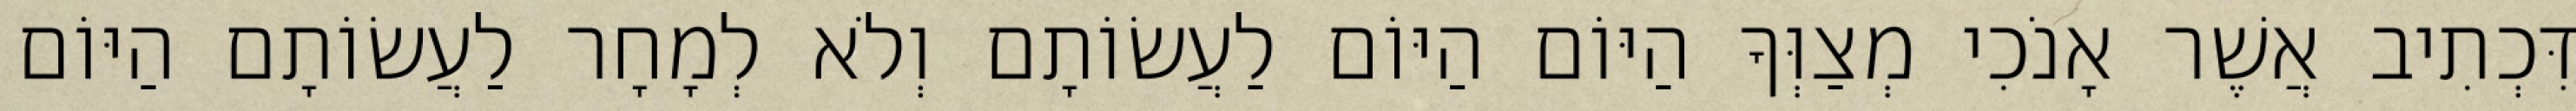
דִּכְתִיב אֲשֶׁר אָנֹכִי מְצַוְּךָ הַיּוֹם הַיּוֹם לַעֲשׂוֹתָם וְלֹא לְמָחָר לַעֲשׂוֹתָם הַיּוֹם